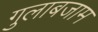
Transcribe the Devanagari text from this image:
गुलाबजाम